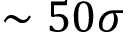
\sim 5 0 \sigma